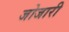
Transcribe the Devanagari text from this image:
जोजारी